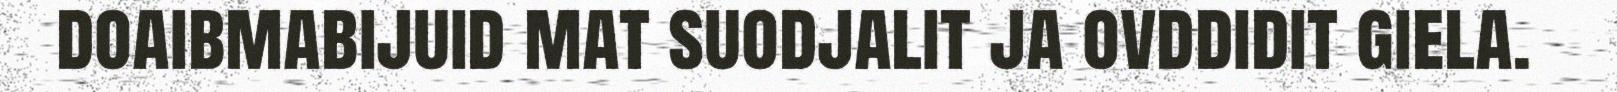
doaibmabijuid mat suodjalit ja ovddidit giela.